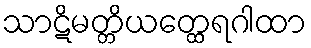
သာဋိမတ္တိယတ္ထေရဂါထာ